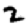
Digit: 2